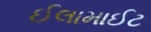
ઈલામાઈટ